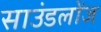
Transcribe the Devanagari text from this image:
साउंडलोंज